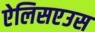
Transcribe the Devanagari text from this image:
ऐलिसएउस